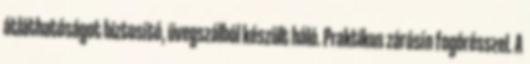
átláthatóságot biztosító, üvegszálból készült háló. Praktikus zárósín fogórésszel. A